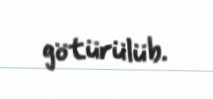
götürülüb.